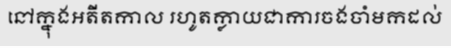
នៅក្នុងអតីតកាល រហូតក្លាយជាការចងចាំមកដល់